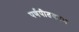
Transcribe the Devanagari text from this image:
पर्णपीतकाभ